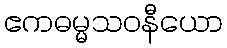
ဧကဓမ္မသဝနီယော